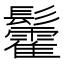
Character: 𮫓